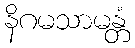
နိဂမသာမန္တံ